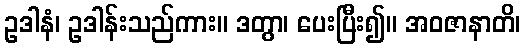
ဥဒါနံ၊ ဥဒါန်းသည်ကား။ ဒတွာ၊ ပေးပြီး၍။ အဝဇာနာတိ၊